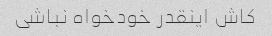
کاش اینقدر خودخواه نباشی